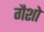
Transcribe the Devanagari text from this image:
गैशो